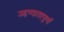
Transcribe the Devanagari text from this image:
उद्दण्डतापूर्ण